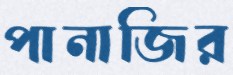
পানাজির